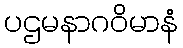
ပဌမနာဂဝိမာနံ